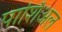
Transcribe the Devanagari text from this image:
पार्शिअल